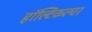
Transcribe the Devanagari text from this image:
हॉल्टिकल्चर